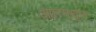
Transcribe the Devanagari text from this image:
आतमधून